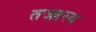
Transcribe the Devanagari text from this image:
तज्ज्ञस्य